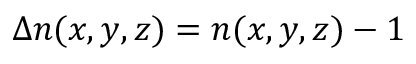
\Delta n ( x , y , z ) = n ( x , y , z ) - 1